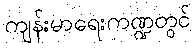
ကျန်းမာရေးကဏ္ဍတွင်